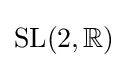
\operatorname {SL} (2,\mathbb {R} )